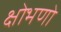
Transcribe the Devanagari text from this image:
क्षोभणो